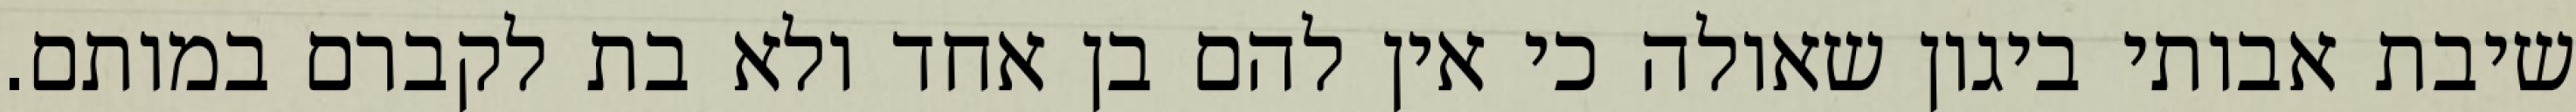
שיבת אבותי ביגון שאולה כי אין להם בן אחד ולא בת לקברם במותם.